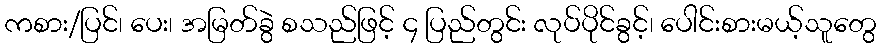
ကစား/ပြင်၊ ပေး၊ အမြတ်ခွဲ စသည်ဖြင့် ၄ ပြည်တွင်း လုပ်ပိုင်ခွင့်၊ ပေါင်းစားမယ့်သူတွေ